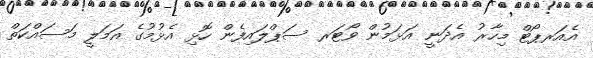
އެއަރޕޯޓް މިހާރު އެދަނީ އަޅަމުން ވޯޓަރ ސަޕްލައިފެން ހޮޅި އެޅުމުގެ އަމަލީ މަސައްކަތް